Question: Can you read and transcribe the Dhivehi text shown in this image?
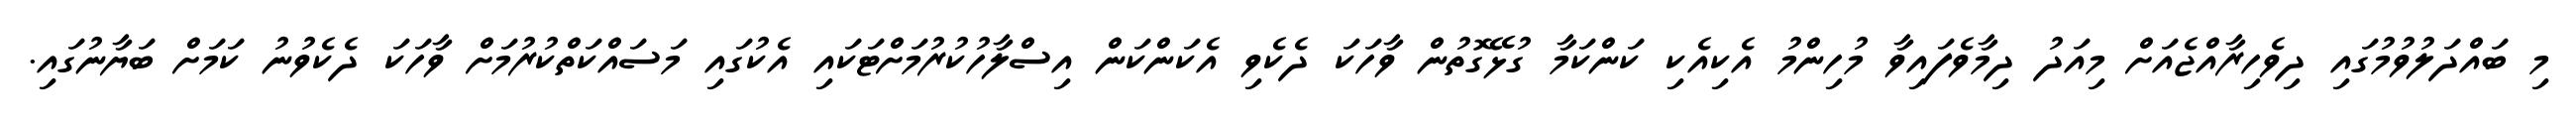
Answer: މި ބައްދަލުވުމުގައި ދިވެހިރާއްޖެއަށް މިއަދު ދިމާވެފައިވާ މުހިންމު އެކިއެކި ކަންކަމާ ގުޅޭގޮތުން ވާހަކަ ދެކެވި އެކަންކަން އިސްލާހުކުރުމަށްޓަކައި އެކުގައި މަސައްކަތްކުރުމަށް ވާހަކަ ދެކެވުނު ކަމަށް ބަޔާނުގައި.